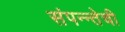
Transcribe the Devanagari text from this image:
संपन्न्तेची